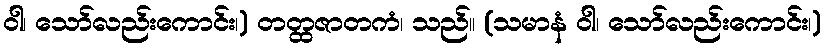
ဝါ၊ သော်လည်းကောင်း၊) တတ္ထဇာတကံ၊ သည်။ (သမာနံ ဝါ၊ သော်လည်းကောင်း၊)